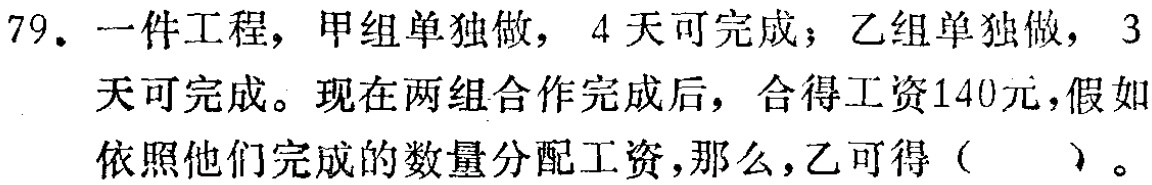
79. 一件工程，甲组单独做，4天可完成；乙组单独做，3天可完成。现在两组合作完成后，合得工资140元，假如依照他们完成的数量分配工资，那么，乙可得（  ）。